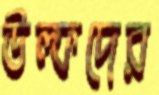
উল্ফদের